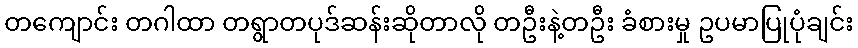
တကျောင်း တဂါထာ တရွာတပုဒ်ဆန်းဆိုတာလို တဦးနဲ့တဦး ခံစားမှု ဥပမာပြုပုံချင်း